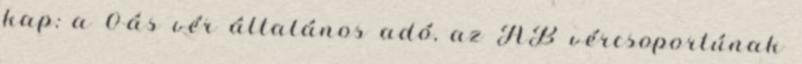
kap: a 0-ás vér általános adó, az AB vércsoportúnak